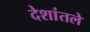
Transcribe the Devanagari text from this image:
देशांतले